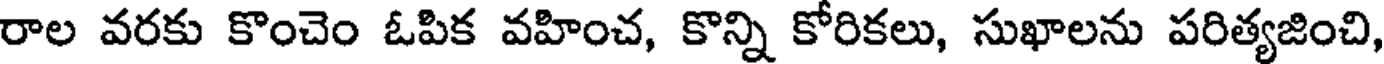
రాల వరకు కొంచెం ఓపిక వహించ, కొన్ని కోరికలు, సుఖాలను పరిత్యజించి,